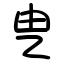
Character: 㐕